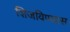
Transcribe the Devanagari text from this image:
शिजविण्यास